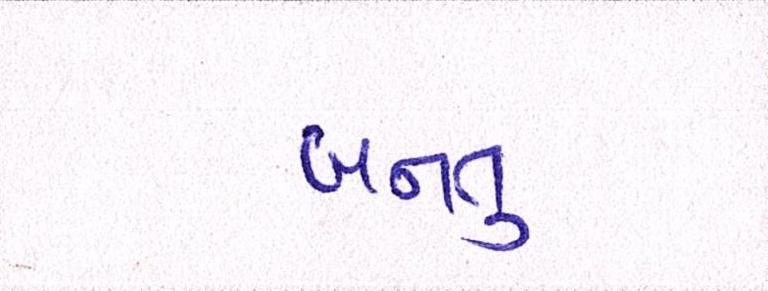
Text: બનતુ